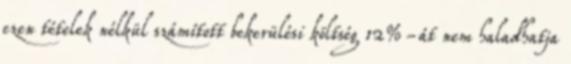
ezen tételek nélkül számított bekerülési költség 12%-át nem haladhatja